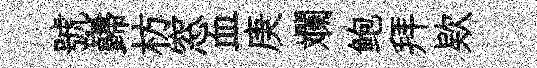
號巋枋窓血庚斕鲍拜欵